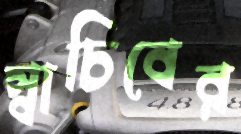
স্বাচিবের